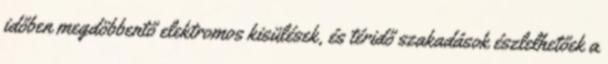
időben megdöbbentő elektromos kisülések, és téridő szakadások észlelhetőek a